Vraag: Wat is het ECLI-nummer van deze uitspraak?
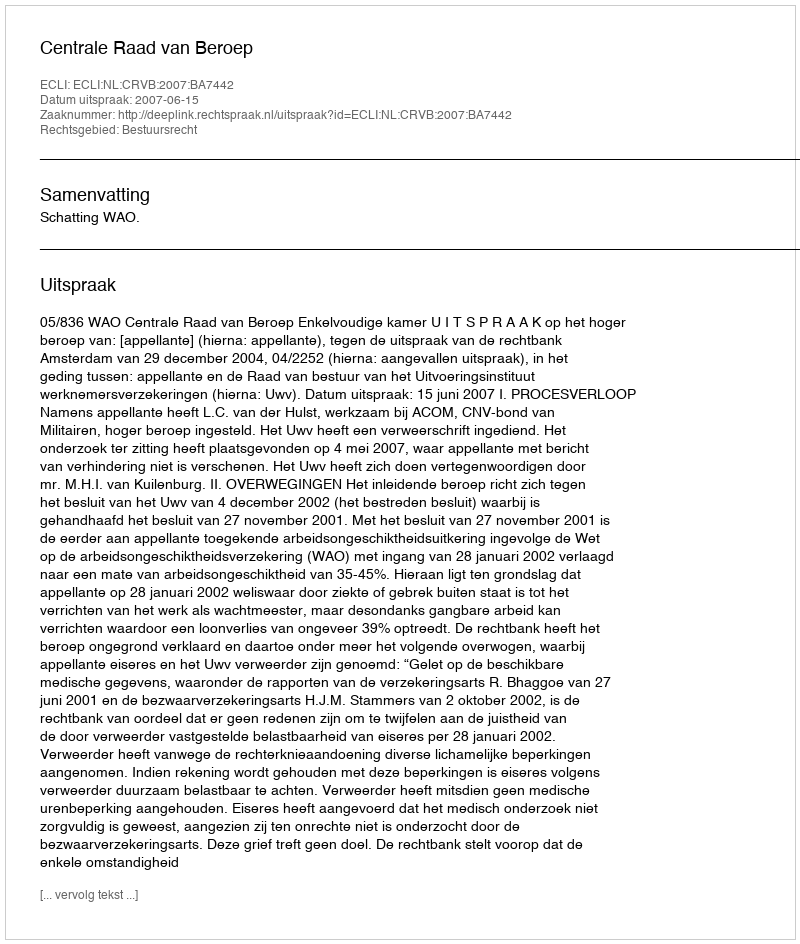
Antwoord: ECLI:NL:CRVB:2007:BA7442